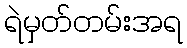
ရဲမှတ်တမ်းအရ